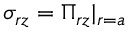
\sigma _ { r z } = \Pi _ { r z } | _ { r = a }